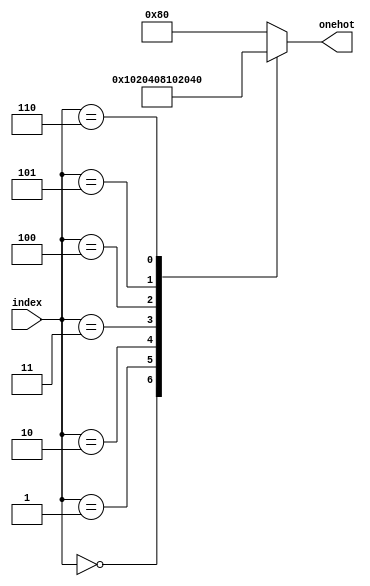

module decoder3to8 (index, onehot);
input [2:0] index;
output reg [7:0] onehot;

always @(index) begin
    case (index)
        3'd0 : onehot = 8'b1;
        3'd1 : onehot = 8'b10;
        3'd2 : onehot = 8'b100;
        3'd3 : onehot = 8'b1000;
        3'd4 : onehot = 8'b10000;
        3'd5 : onehot = 8'b100000;
        3'd6 : onehot = 8'b1000000;
        default : onehot = 8'b10000000;
    endcase

end


endmodule